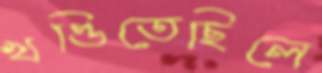
খণ্ডিতেছিলে